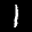
Label: 1